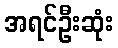
အရင်ဦးဆုံး